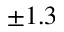
\pm 1 . 3